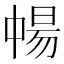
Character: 𬻸